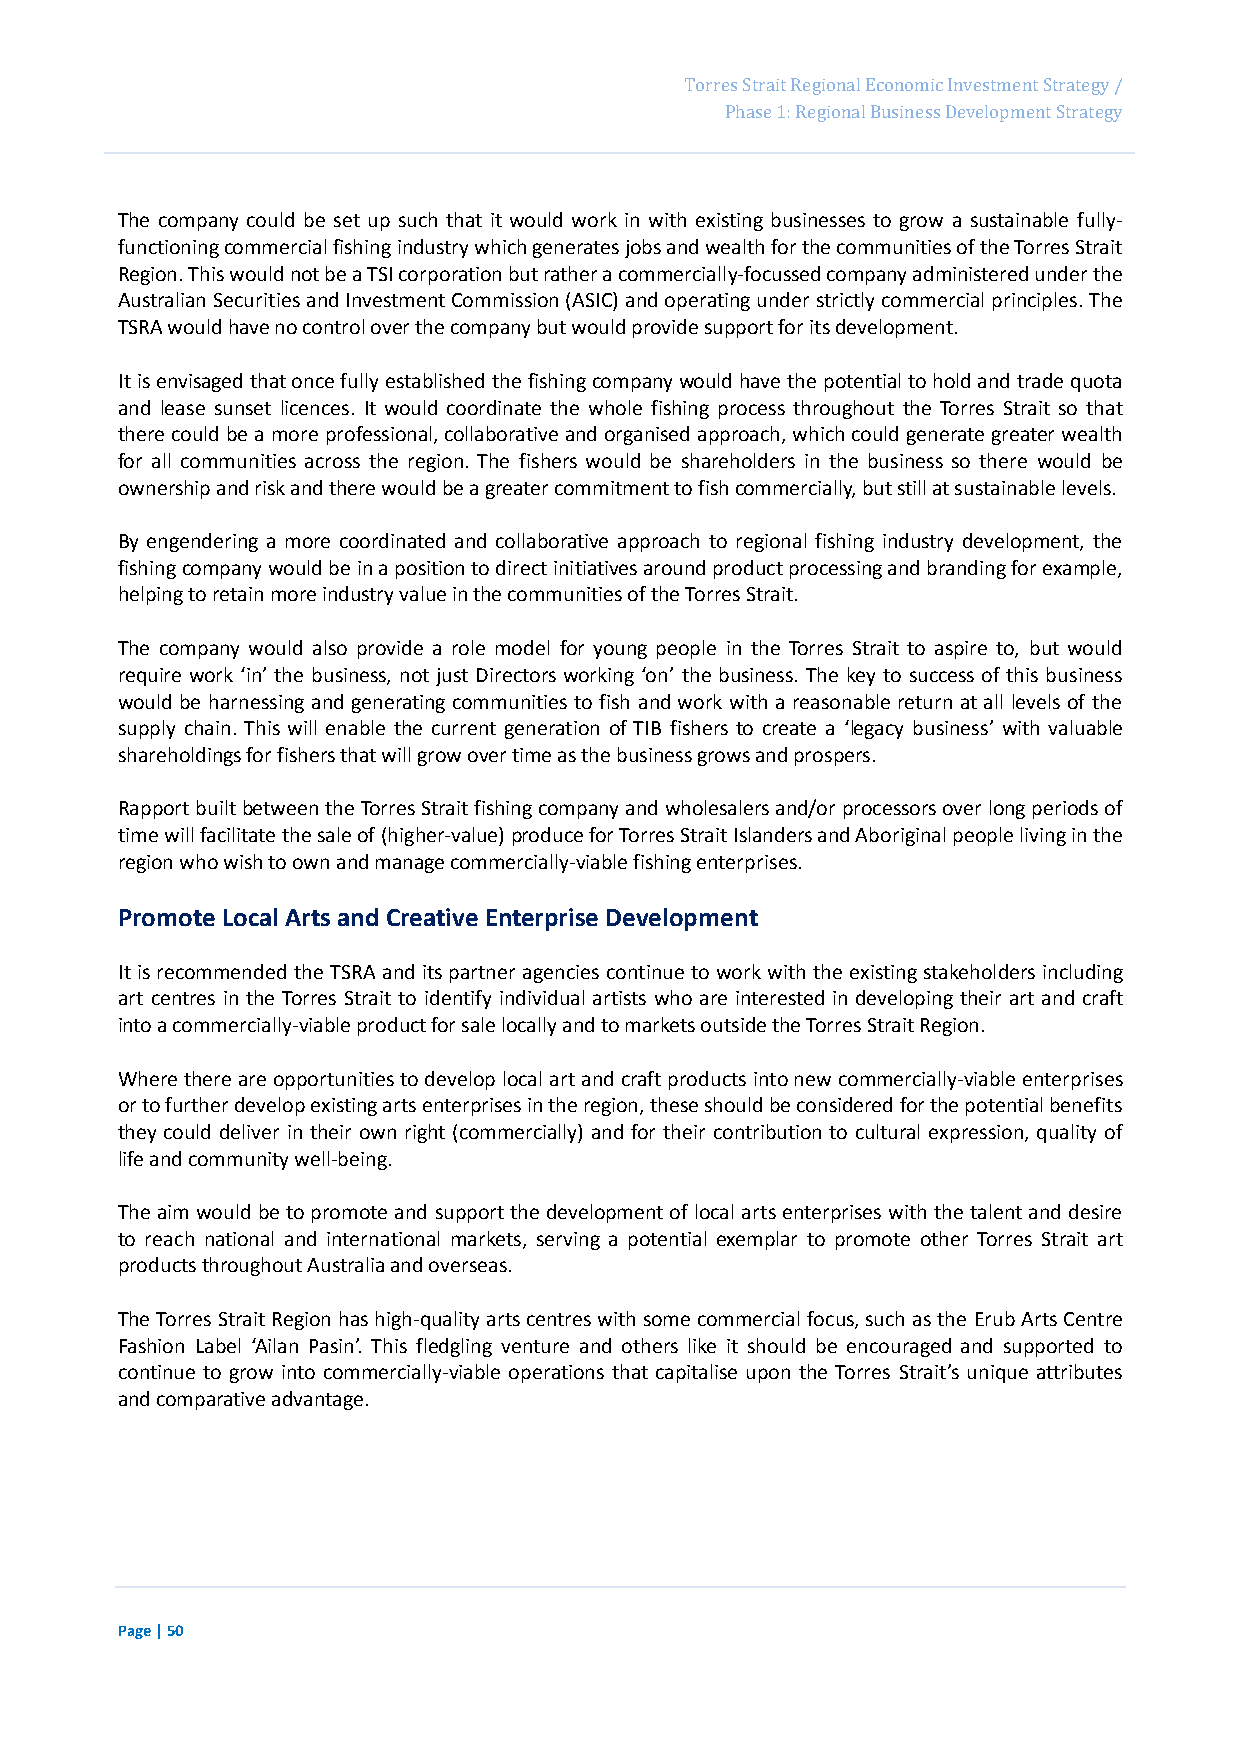
Page 66
 Torres Strait Regional Economic Investment Strategy /
 Phase 1: Regional Business Development Strategy
 The company could be set up such that it would work in with existing businesses to grow a sustainable fully-
 functioning commercial fishing industry which generates jobs and wealth for the communities of the Torres Strait
 Region. This would not be a TSI corporation but rather a commercially-focussed company administered under the
 Australian Securities and Investment Commission (ASIC) and operating under strictly commercial principles. The
 TSRA would have no control over the company but would provide support for its development.
 It is envisaged that once fully established the fishing company would have the potential to hold and trade quota
 and lease sunset licences. It would coordinate the whole fishing process throughout the Torres Strait so that
 there could be a more professional, collaborative and organised approach, which could generate greater wealth
 for all communities across the region. The fishers would be shareholders in the business so there would be
 ownership and risk and there would be a greater commitment to fish commercially, but still at sustainable levels.
 By engendering a more coordinated and collaborative approach to regional fishing industry development, the
 fishing company would be in a position to direct initiatives around product processing and branding for example,
 helping to retain more industry value in the communities of the Torres Strait.
 The company would also provide a role model for young people in the Torres Strait to aspire to, but would
 require work ‘in’ the business, not just Directors working ‘on’ the business. The key to success of this business
 would be harnessing and generating communities to fish and work with a reasonable return at all levels of the
 supply chain. This will enable the current generation of TIB fishers to create a ‘legacy business’ with valuable
 shareholdings for fishers that will grow over time as the business grows and prospers.
 Rapport built between the Torres Strait fishing company and wholesalers and/or processors over long periods of
 time will facilitate the sale of (higher-value) produce for Torres Strait Islanders and Aboriginal people living in the
 region who wish to own and manage commercially-viable fishing enterprises.
 Promote Local Arts and Creative Enterprise Development
 It is recommended the TSRA and its partner agencies continue to work with the existing stakeholders including
 art centres in the Torres Strait to identify individual artists who are interested in developing their art and craft
 into a commercially-viable product for sale locally and to markets outside the Torres Strait Region.
 Where there are opportunities to develop local art and craft products into new commercially-viable enterprises
 or to further develop existing arts enterprises in the region, these should be considered for the potential benefits
 they could deliver in their own right (commercially) and for their contribution to cultural expression, quality of
 life and community well-being.
 The aim would be to promote and support the development of local arts enterprises with the talent and desire
 to reach national and international markets, serving a potential exemplar to promote other Torres Strait art
 products throughout Australia and overseas.
 The Torres Strait Region has high-quality arts centres with some commercial focus, such as the Erub Arts Centre
 Fashion Label ‘Ailan Pasin’. This fledgling venture and others like it should be encouraged and supported to
 continue to grow into commercially-viable operations that capitalise upon the Torres Strait’s unique attributes
 and comparative advantage.
 Page | 50